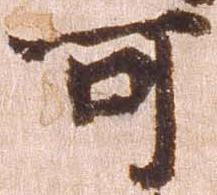
可